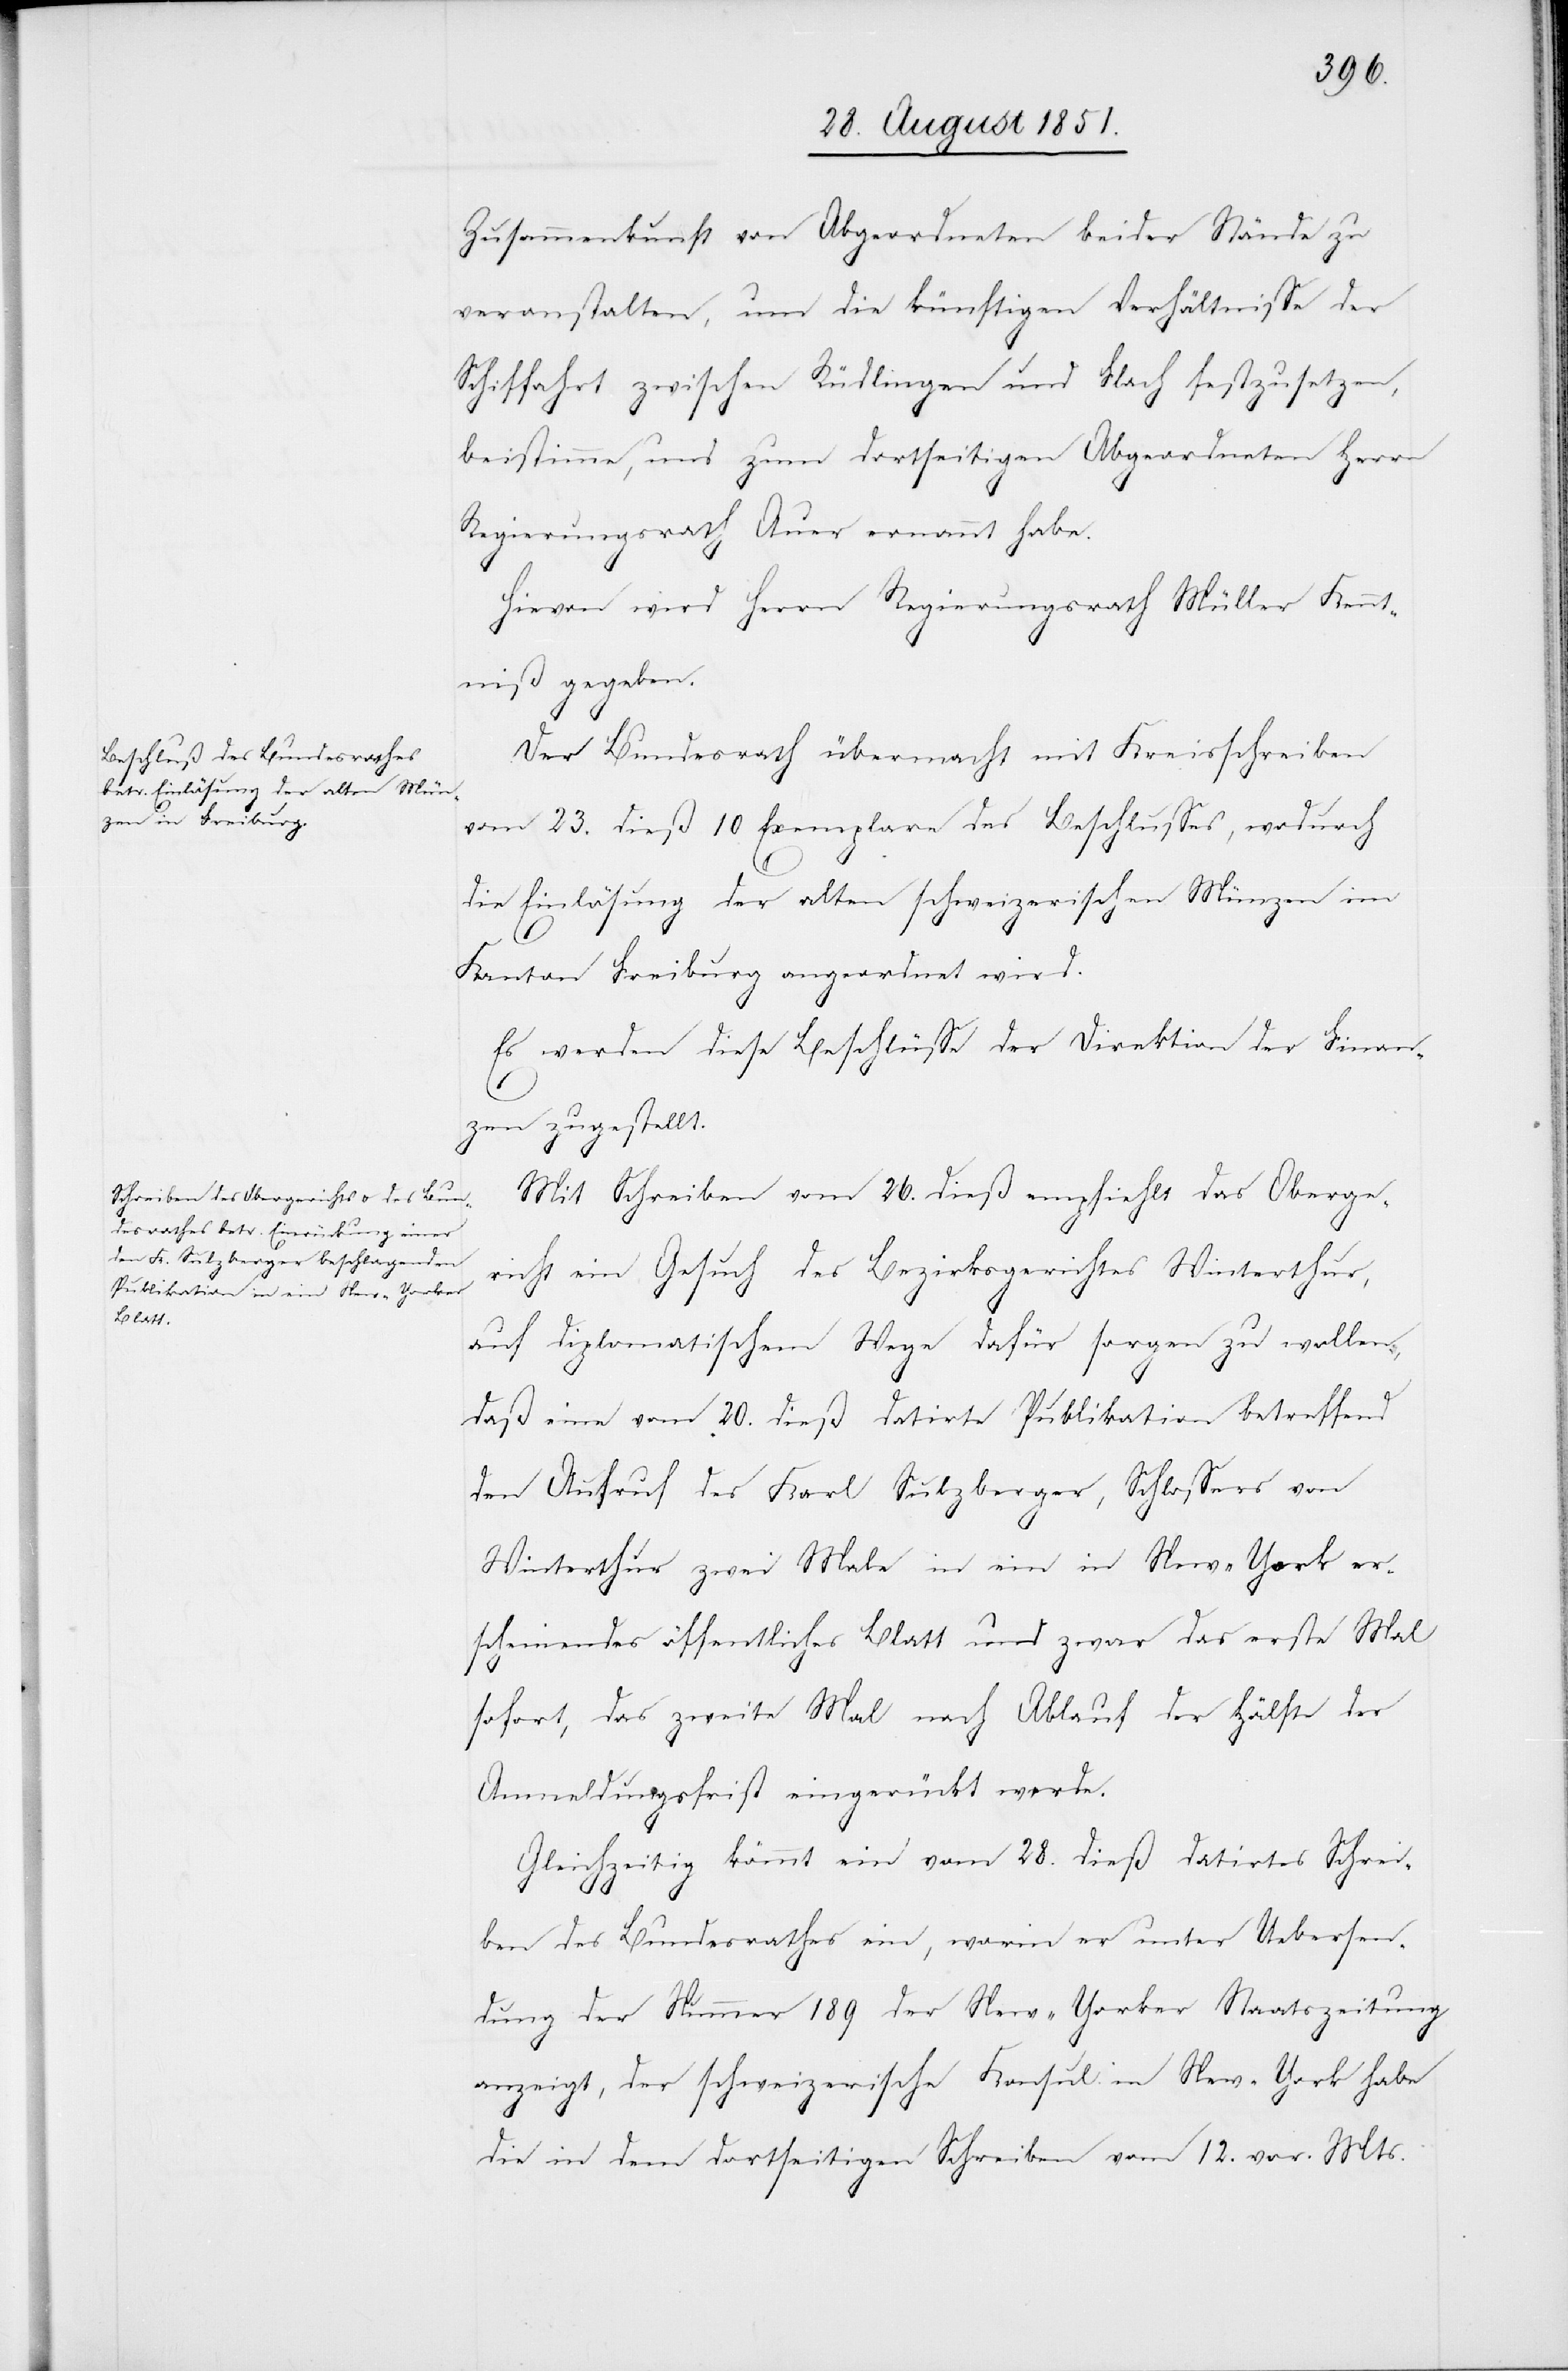
Zusammenkunft von Abgeordneten beider Stände zu
veranstalten, um die künftigen Verhältnisse der
Schiffahrt zwischen Rüdlingen und Flach festzusetzen,
beistimme, und zum dortseitigen Abgeordneten Herrn
Regierungsrath Auer ernannt habe.
Hievon wird Herrn Regierungsrath Müller Kennt¬
niß gegeben.
30.
Der Bundesrath übermacht mit Kreisschreiben
vom 23. dieß 10 Exemplare des Beschlusses, wodurch
die Einlösung der alten schweizerischen Münzen im
Kanton Freiburg angeordnet wird.
Es werden diese Beschlüsse der Direktion der Finan¬
30.
zen zugestellt.
Mit Schreiben vom 26. dieß empfiehlt das Oberge¬
richt ein Gesuch des Bezirksgerichtes Winterthur,
auf diplomatischem Wege dafür sorgen zu wollen,
daß eine vom 20. dieß datirte Publikation betreffend
den Aufruf des Karl Sulzberger, Schlossers von
Winterthur zwei Male in ein in New-York er¬
scheinendes öffentliches Blatt und zwar das erste Mal
sofort, das zweite Mal nach Ablauf der Hälfte der
Anmeldungsfrist eingerückt werde.
Gleichzeitig kömmt ein vom 28. dieß datirtes Schrei¬
ben des Bundesrathes ein, worin er unter Uebersen¬
dung der Nummer 189 der New-Yorker Staatszeitung
anzeigt, der schweizerische Konsul in New-York habe
die in dem dortseitigen Schreiben vom 12. vor. Mts.